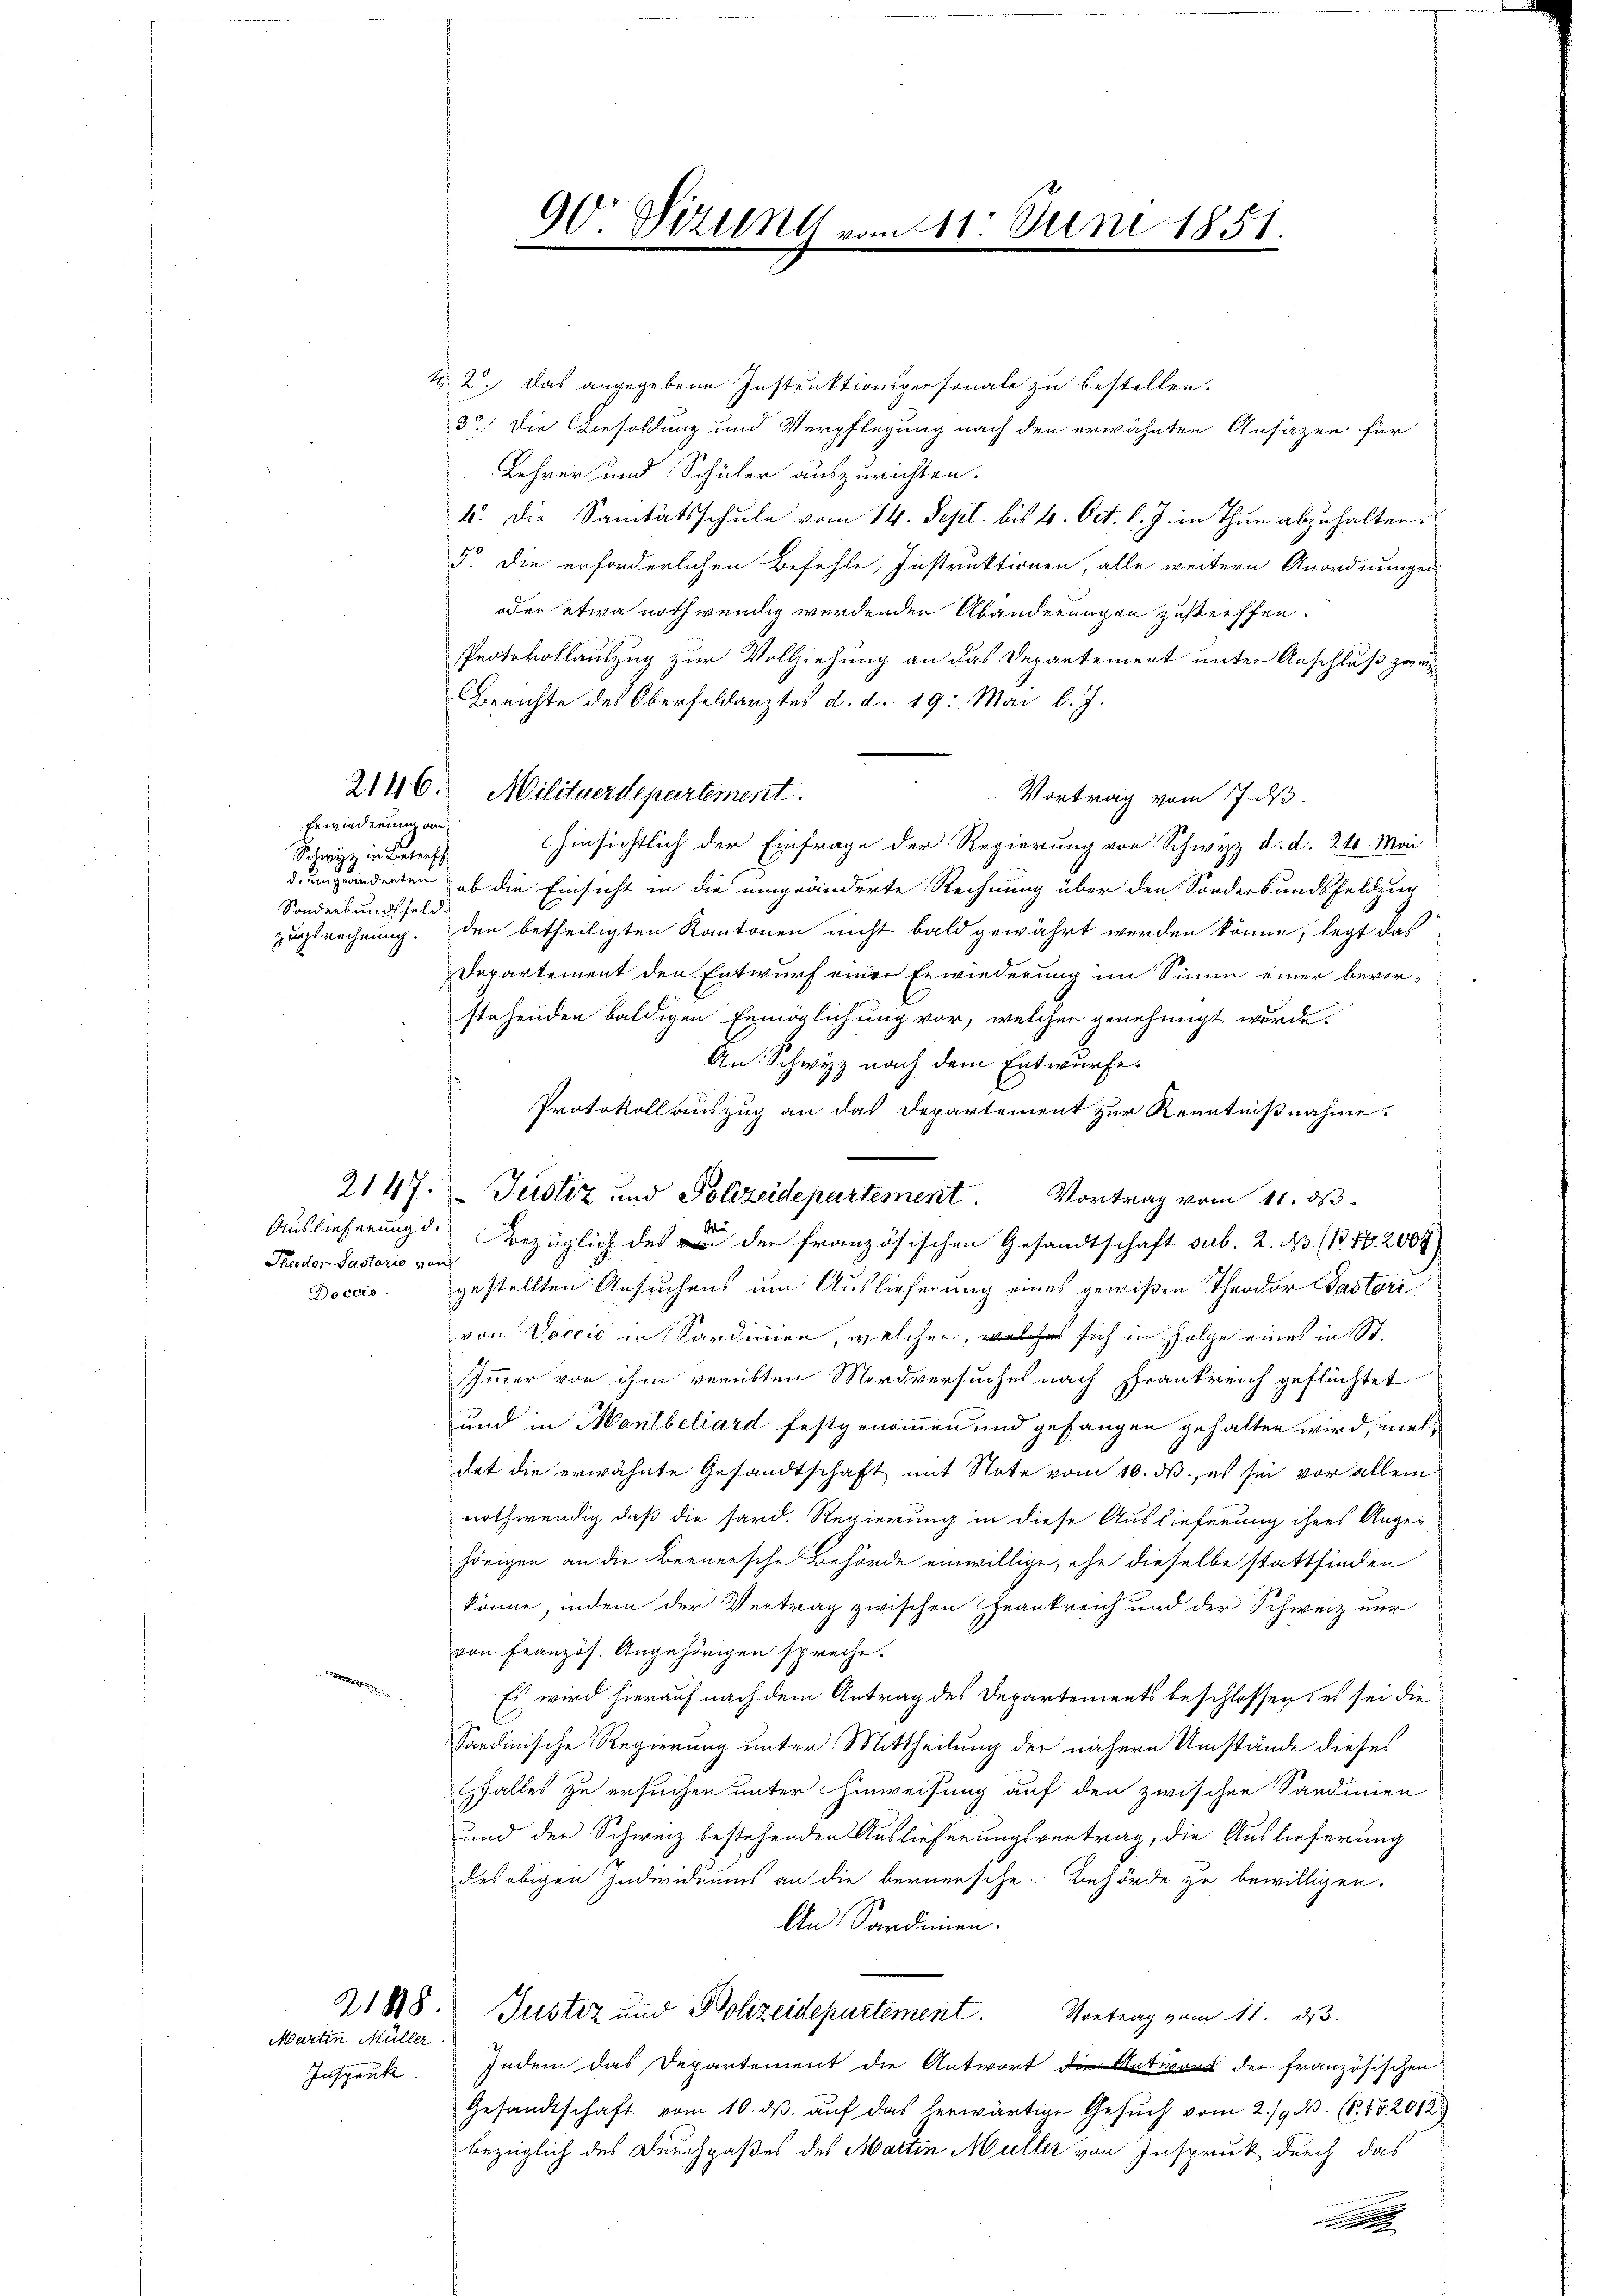
Erwiederung an
Schweiz in Betref
Sonderbundsfeld,

Pueder Pastorie von

Martin Müller
Inspek

1 2. Das angegebene Instruktionspersonale zu bestellen.
3.) Die Besoldung und Verpflegung nach den erwähnten Ansätzen für
Lehrer und Schüler auszurichten.
4. Die Sanitätsschule vom 14. Sept. bis 4. Oct. l. J. in Thun abzuhalten:
5. Die erforderlichen Befehle, Instruktionen, alle weitern Anordnungen
oder etwa nothwendig werdenden Abänderungen zustreffen.
Protokollauszug zur Vollziehung an das Departement unter Anschluß zwi
Berichte des Oberfeldarztes d. d. 19. Mai l. J.
Vortrag vom 7. ds.
hinsichtlich der Einfrage der Regierung von Schwyz d. d. 210. Mai
dumwinderten, ob die Einsicht in die umgeänderte Rechnung über den Sonderbundsfeldzug
zugsrechnung. Den betheiligten Kantonen nicht bald gewährt werden könne, legt das
Departement den Entwurf einer Erwiederung im Sinne einer bevorstehenden baldigen Ermöglichung vor, welcher genehmigt wurde.
An Schwyz nach dem Entwurfe.
Protokoll auszug an das Departement zur Kenntnißnahme.
Auslieferung d. Bezüglich des der französischen Gesandtschaft sub. 2. A. B. Nr. 2004)
Doccio gestellten Ansuchens um Auslieferung eines gewißen Theodor Pastori
von Vaccić in Sardinien, welcher, welches sich in Folge eines in St.
Immer von ihm verübten Mordversuches nach Frankreich geflüchtet
und in Mantbeliard festgenommen und gefangen gehalten wird, vieldat die erwähnte Gesandtschaft mit Note vom 10. ds., es sei vor allem
nothwendig daß die sard. Regierung in diese Auslieferung ihres Angehörigen an die Beenersche Behörde einwillige, ehe dieselbe stattfinden
könne, indem der Vertrag zwischen Frankreich und der Schweiz nur
von Französ. Angehörigen spreche.
Es wird hierauf nach dem Antrag des Departements beschlossen: es sei die
Sardinische Regierung unter Mittheilung der nähern Umstände dieses
Falles zu ersuchen unter Hinweisung auf den zwischen Sardinien
und der Schweiz bestehenden Auslieferungsvertrag, die Auslieferung
des obigen Individuums an die bernersche Behörde zu bewilligen.
An Sardinen.
21818. Justiz und Polizeidepartement. Vortrag zum 11. ds.
Indem das Departement die Antwort die Antwort der französischen
Gesandtschaft vom 10. dβ aŭf das herwärtige Gesuch vom 2./9. N. (S. 452012.
bezüglich des Durchgaßes des Marten Müller von Inspruck durch das

2146. Militärdepartement.

90 Vizung vom 11. Juni 1851.

2147. Justiz und Polizeidepartement. Vortrag vom 11. ds